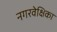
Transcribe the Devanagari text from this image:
नगरवेक्षिका